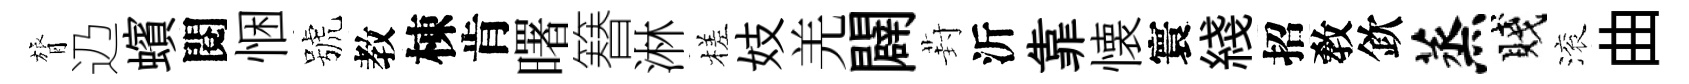
膂辸蠙閱悃號教棟肯曙簮淋槎妓羌闢葑沂靠懐寰綫招敎欽蒸賤滚曲